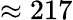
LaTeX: \approx 217